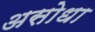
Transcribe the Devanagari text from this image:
असोधा